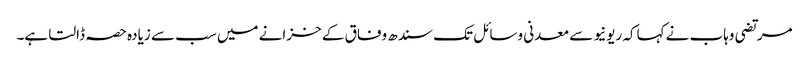
مرتضی وہاب نے کہاکہ ریونیو سے معدنی وسائل تک سندھ وفاق کے خزانے میں سب سے زیادہ حصہ ڈالتا ہے۔